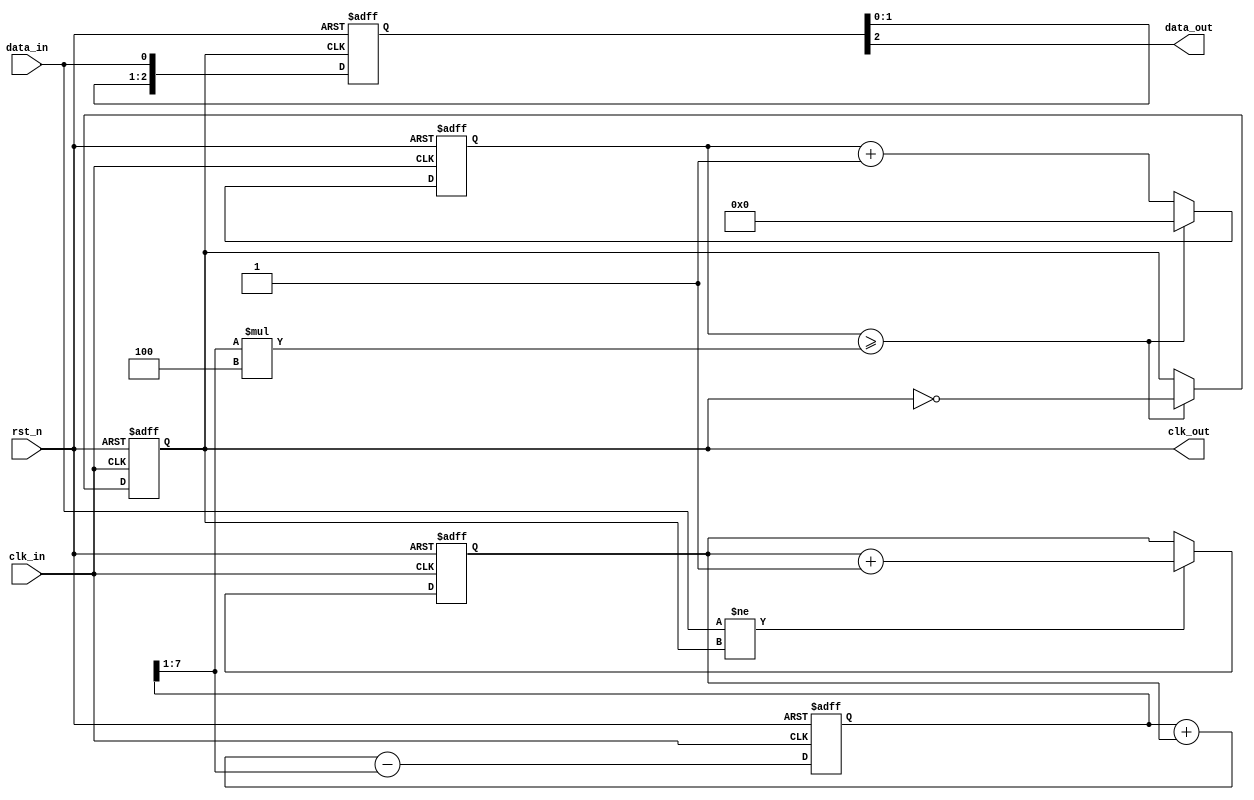
module pll_synchronizer (
    input wire clk_in,         // Input clock
    input wire data_in,       // Asynchronous data signal
    input wire rst_n,         // Active-low reset
    output wire clk_out,      // Synchronized output clock
    output wire data_out      // Synchronized output data
);

    // Parameters for PLL design
    parameter DATA_RATE = 100;    // Max input data rate
    parameter VCO_FREQ_MULT = 4;   // VCO frequency multiplier
    parameter LOCK_TIME = 10;      // Time to lock phase
    parameter PHASE_MARGIN = 20;   // Phase margin for stability

    // Internal signals
    reg [1:0] phase_detector;     // Phase detector output
    reg [7:0] loop_filter;        // Loop filter output
    reg [3:0] vco_count;          // VCO counter
    reg vco_clk;                  // VCO clock signal
    reg [2:0] sync_stage;         // Synchronization stages
    
    // Phase Detector (simplified)
    always @(posedge clk_in or negedge rst_n) begin
        if (!rst_n) begin
            phase_detector <= 2'b00;
        end else begin
            // Simple phase detector logic
            if (data_in != vco_clk) begin
                phase_detector <= phase_detector + 1;
            end
        end
    end

    // Loop Filter (First-order)
    always @(posedge clk_in or negedge rst_n) begin
        if (!rst_n) begin
            loop_filter <= 0;
        end else begin
            // Simple first-order loop filter
            loop_filter <= loop_filter + phase_detector - (loop_filter >> 1);
        end
    end

    // Voltage-Controlled Oscillator (VCO)
    always @(posedge clk_in or negedge rst_n) begin
        if (!rst_n) begin
            vco_count <= 0;
            vco_clk <= 0;
        end else begin
            // Adjust frequency based on loop filter
            if (vco_count >= (loop_filter >> 1) * VCO_FREQ_MULT) begin
                vco_clk <= ~vco_clk;
                vco_count <= 0;
            end else begin
                vco_count <= vco_count + 1;
            end
        end
    end

    // Clock Output Generation
    assign clk_out = vco_clk;

    // Multi-stage Synchronization
    always @(posedge clk_out or negedge rst_n) begin
        if (!rst_n) begin
            sync_stage <= 3'b000;
        end else begin
            sync_stage <= {sync_stage[1:0], data_in};
        end
    end

    // Synchronized Data Output
    assign data_out = sync_stage[2]; // Final stage of synchronization

endmodule